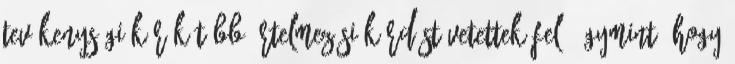
tevékenységi körök több értelmezési kérdést vetettek fel, úgymint, hogy